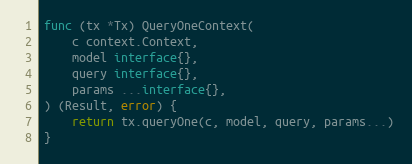
Language: Go
func (tx *Tx) QueryOneContext(
	c context.Context,
	model interface{},
	query interface{},
	params ...interface{},
) (Result, error) {
	return tx.queryOne(c, model, query, params...)
}